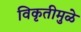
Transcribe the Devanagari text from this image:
विकृतीमुळे